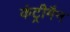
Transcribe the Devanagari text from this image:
कंट्रीमैन